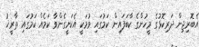
އެބޮރިޖިން ދަރިކޮޅުގެ މީހުންގެ ކާބަފައިން ކަމުގައި ވުމަކީ އެކަށީގެންވާ ކަމެއް ކަމުގައި ތާރީޚު